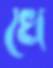
খে